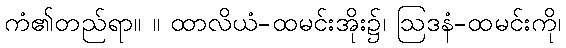
ကံ၏တည်ရာ။ ။ ထာလိယံ-ထမင်းအိုး၌၊ ဩဒနံ-ထမင်းကို၊